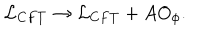
{ \cal L } _ { C F T } \to { \cal L } _ { C F T } + A O _ { \phi } .